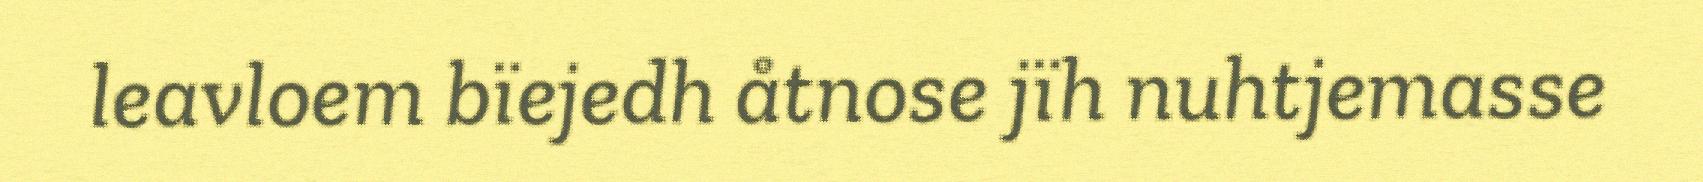
leavloem bïejedh åtnose jïh nuhtjemasse